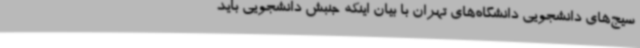
سیج‌های دانشجویی دانشگاه‌های تهران با بیان اینکه جنبش دانشجویی باید